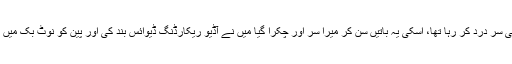
( زیادہ پینے کی وجہ سے پہلے ہی سر درد کر رہا تھا، اسکی یہ باتیں سن کر میرا سر اور چکرا گیا میں نے آڈیو ریکارڈنگ ڈیوائس بند کی اور پین کو نوٹ بک میں رکھ کر بیڈ کی ایک جانب پھینکا۔